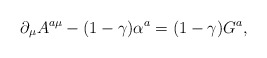
\begin{align*}\partial_{\mu}A^{a\mu}-(1-\gamma)\alpha^{a} = (1-\gamma)G^{a},\end{align*}